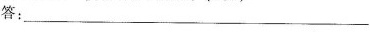
答：___